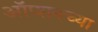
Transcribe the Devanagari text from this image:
ऑप्शनच्या